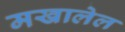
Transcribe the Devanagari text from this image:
मखालेल